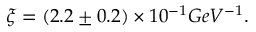
\xi = ( 2 . 2 \pm 0 . 2 ) \times 1 0 ^ { - 1 } G e V ^ { - 1 } .